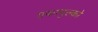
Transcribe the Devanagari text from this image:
एकापुल्को